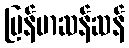
မြန်မာဆန်ဆန်